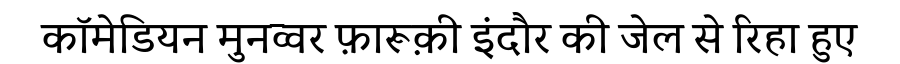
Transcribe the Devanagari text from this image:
कॉमेडियन मुनव्वर फ़ारूक़ी इंदौर की जेल से रिहा हुए